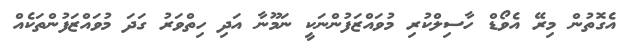
އެގޮތުން މިރޭ އެވޯޑް ހާސިލްކުރި މުވައްޒަފުންނަކީ ނަމޫނާ އަދި ހިތްވަރު ގަދަ މުވައްޒަފުންތަކެއް